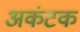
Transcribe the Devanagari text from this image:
अकंटक